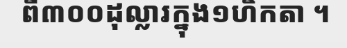
ពី៣០០ដុល្លារក្នុង១ហិកតា ។